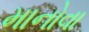
માનોવા